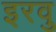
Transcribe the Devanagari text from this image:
इरवु